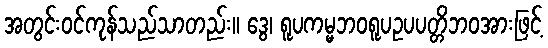
အတွင်းဝင်ကုန်သည်သာတည်း။ ဒွေ၊ ရူပကမ္မဘဝရူပဥပပတ္တိဘဝအားဖြင့်